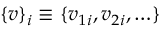
\{ v \} _ { i } \equiv \{ v _ { 1 i } , v _ { 2 i } , \ldots \}